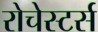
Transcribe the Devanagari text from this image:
रोचेस्टर्स